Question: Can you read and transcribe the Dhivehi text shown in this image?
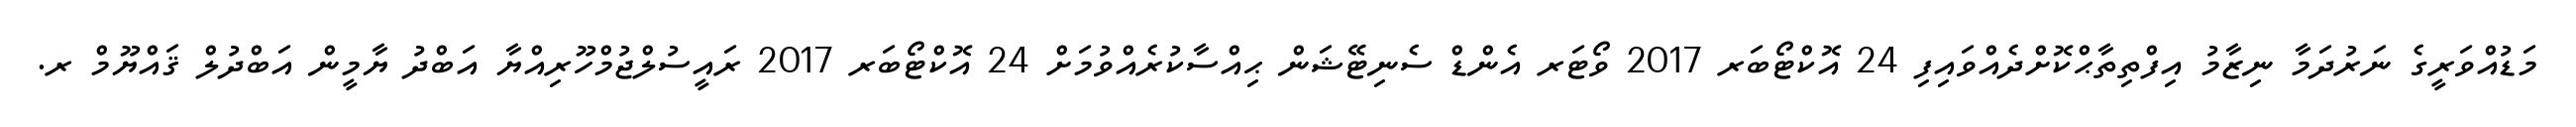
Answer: މަޑުއްވަރީގެ ނަރުދަމާ ނިޒާމު އިފްތިތާޙްކޮށްދެއްވައިފި 24 އޮކްޓޯބަރ 2017 ވޯޓަރ އެންޑް ސެނިޓޭޝަން ޙިއްސާކުރެއްވުމަށް 24 އޮކްޓޯބަރ 2017 ރައީސުލްޖުމްހޫރިއްޔާ އަބްދު ޔާމީން އަބްދުލް ޤައްޔޫމް ރ.